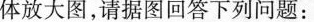
体放大图，请据图回答下列问题：